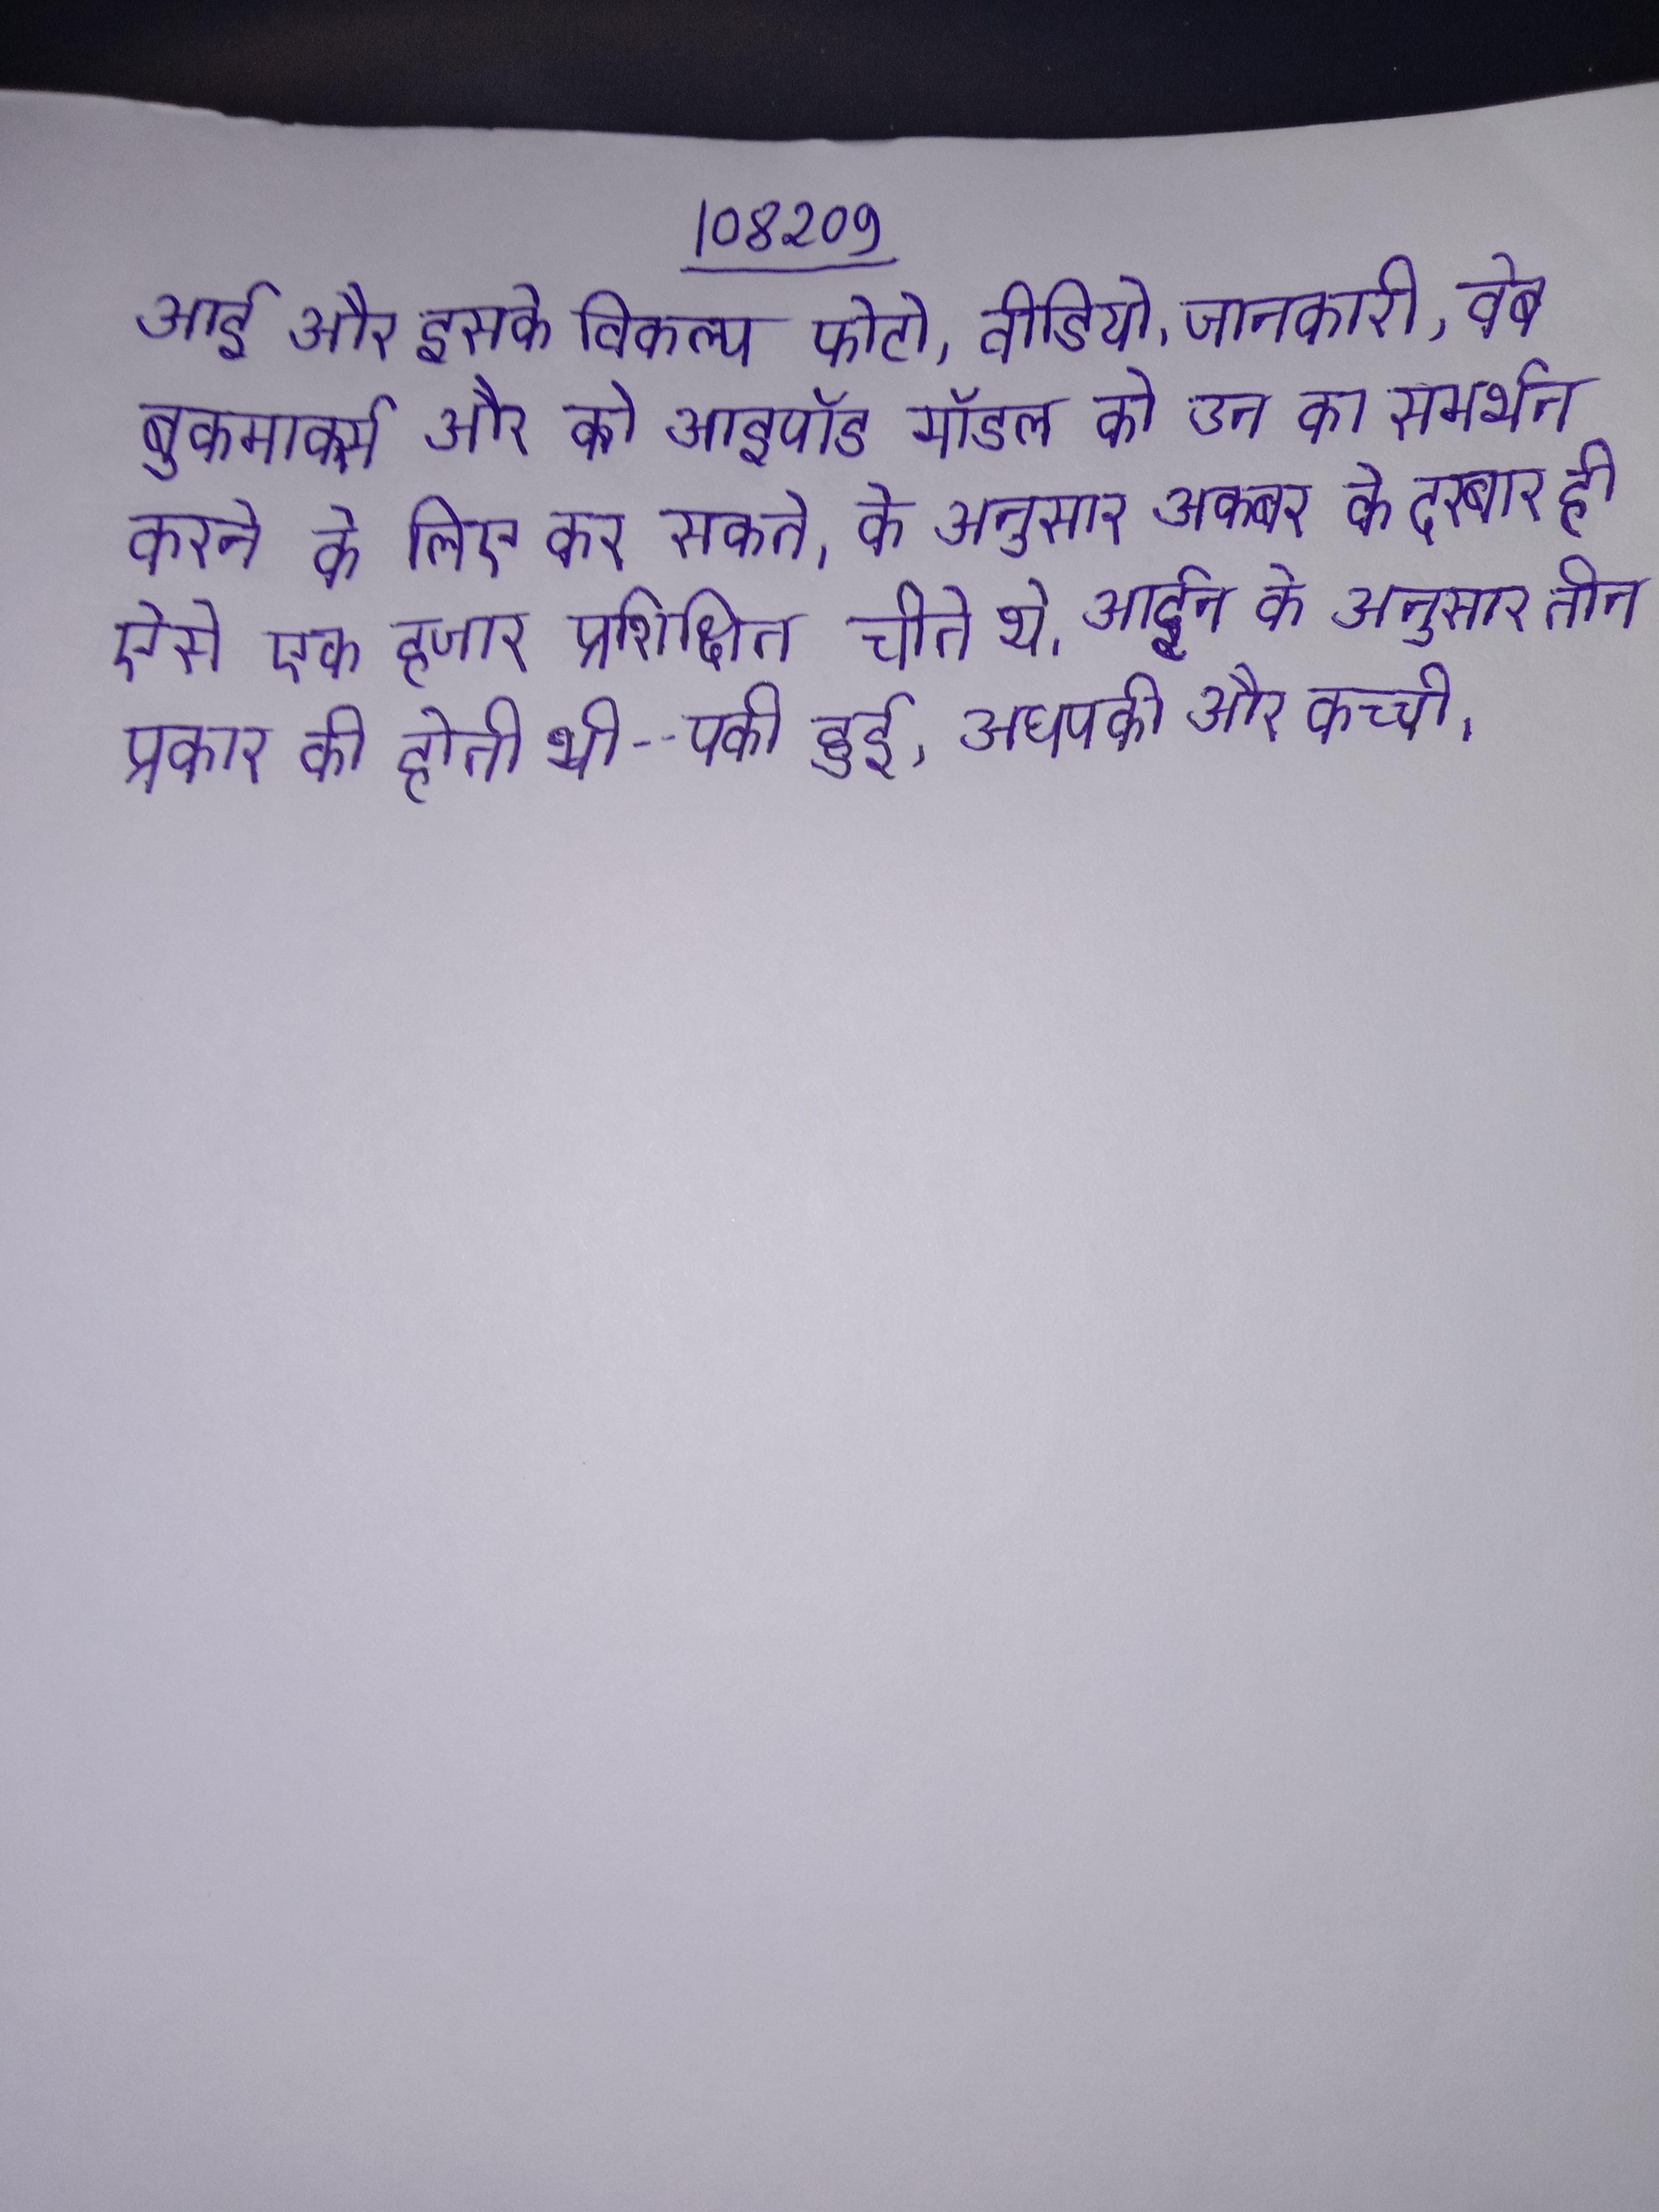
आई और इसके विकल्प फोटो, वीडियो, जानकारी, वेब बुकमार्क्स और को आइपॉड मॉडल की उन का समर्थन करने के लिए कर सकते । के अनुसार अकबर के दरबार ही ऐसे एक हजार प्रशिक्षित चीते थे । आईन के अनुसार तीन प्रकार की होती थी--पकी हुई, अधपकी और कच्ची ।